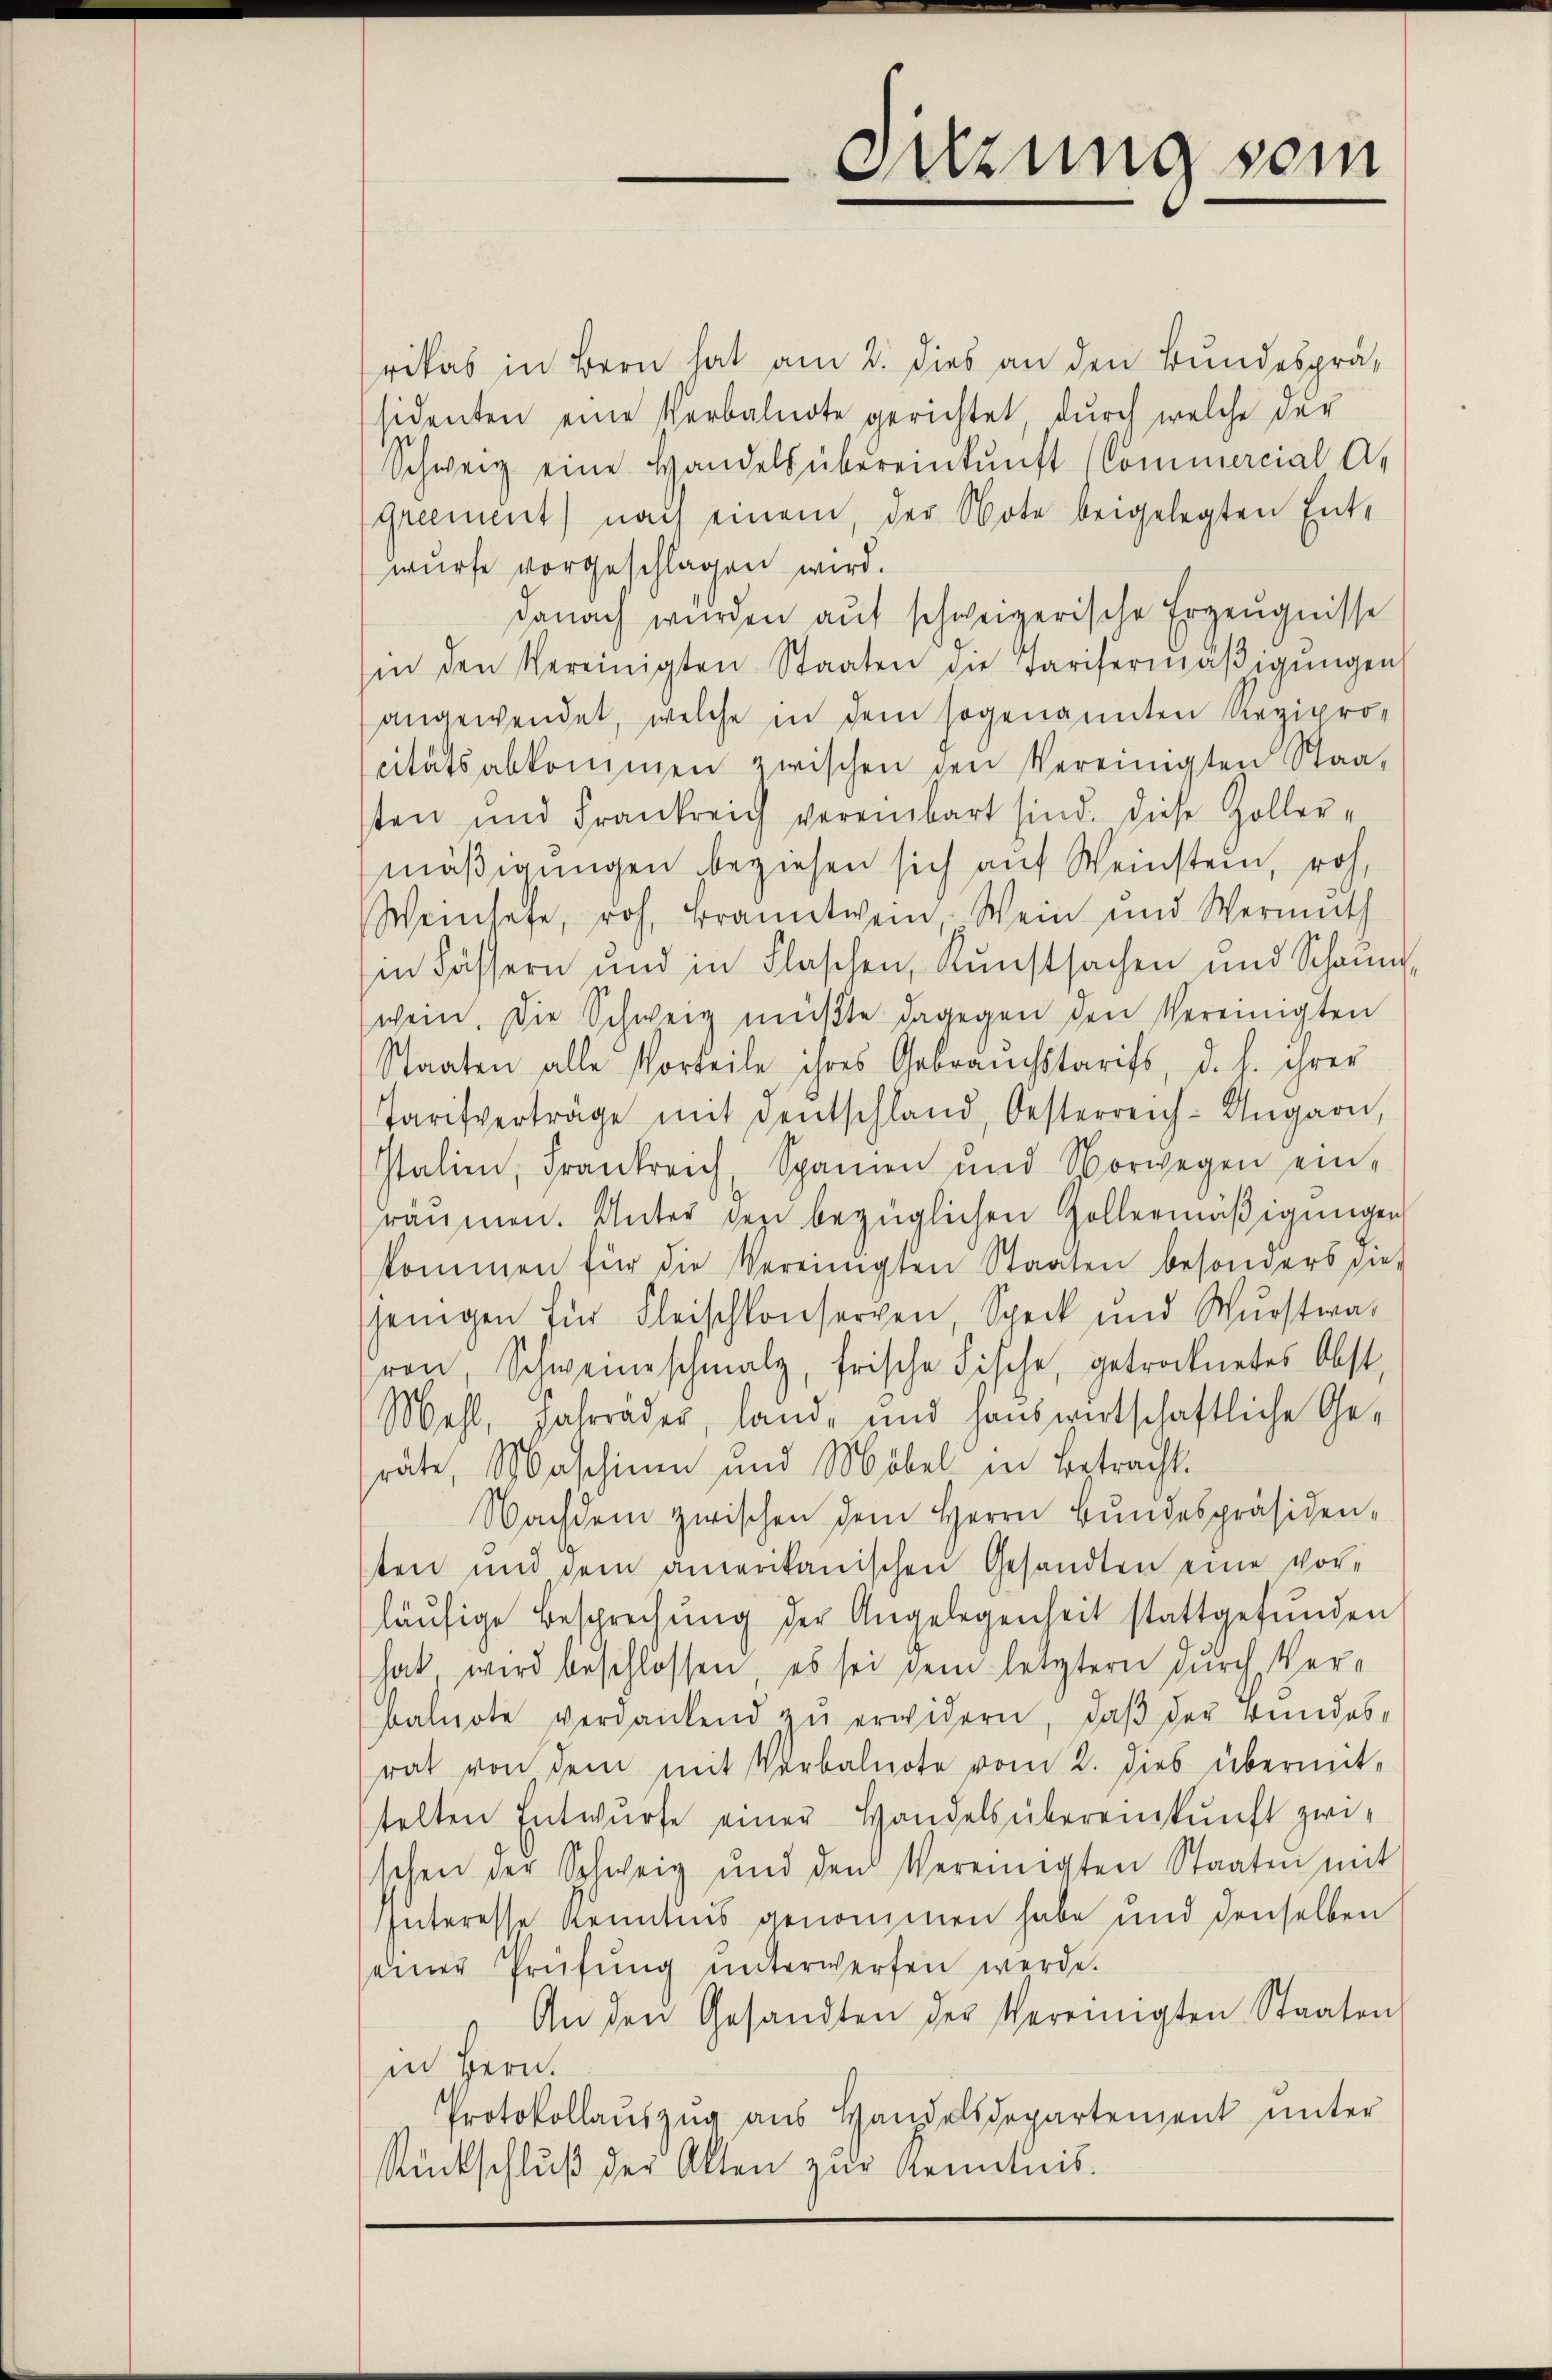
rikas in Bern hat am 2. dies an den Bundespräsidenten eine Verbalnote gerichtet, durch welche der
Schweiz eine Handels übereinkunft (Commercial A.
Greement) nach einem, der Note beigelegten Ent-
wurfe vorgeschlagen wird.
danach wurden aŭf schweizerische Erzeugnisse
sin den Vereinigten Staaten die Tarifermäβigŭngen
angewendet, welche in dem sogenannten Rezipro-
citätsabkommen zwischen den Vereinigten Staat
sten und Frankreich vereinbart sind. Diese Zollere
mäβigŭngen beziehen sich auf Weinstein, roh,
Weinsefe, roh. Branntwein, Wein und Wermuth
in Fässern und in Flaschen, Kunstsachen und Schaŭm,
wein. Die Schweiz müßte dagegen den Vereinigten
Staaten alle Vorteile ihres Gebrauchstarifs, d. h. ihrer
Tarifverträge mit Deutschland, Oesterreich-Ungarn,
Italien, Frankreich, Spanien und Vorwegen ein-
räumen. Unter den bezüglichen Zollermäßigungen
kommen für die Vereinigten Staaten besonders die-
jenigen für Fleischkonserven, Speck und Wurstwa-
ron Schweineschmalz, frische Fische, getrocknetes Obst-
Mehl, Jahrräder, land- und hauswirtschaftliche Geräte, Maschinen und Möbel in Betracht.
Nachdem zwischen dem Herrn Bundespräsidenten und dem amerikanischen Gesandten eine vorläufige Besprechung der Angelegenheit stattgefunden
hat wird beschlossen, es sei dem letztern durch Verbalnote verdankend zŭ erwidern, daβ der Bundes-
rat von dem mit Verbalnote vom 2. dies übermit-
telten Entwŭrfe einer Handels übereinkunft zwi-
schen der Schweiz und den Vereinigten Staaten mit
Interesse kenntnis genommen habe und denselben
seiner Prüfŭng ŭnterwerfen werde.
An den Gesandten der Vereinigten Staaten
in Bern.
Protokollaŭszŭg aŭs Handelsdepartement ŭnter
Rückschlŭβ der Alten zur Kenntnis.

Sitzung sein